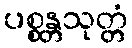
ပစ္စန္တသုတ္တံ